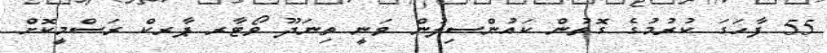
55 ފާހަގަ ކުރުމުގެ ގޮތުން ކައުންސިލުން ވަނީ ތިނަދޫ ވޯޓާރ ޕާރކް ރަސްމީކޮށް